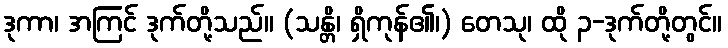
ဒုကာ၊ အကြင် ဒုက်တို့သည်။ (သန္တိ၊ ရှိကုန်၏၊) တေသု၊ ထို ၃-ဒုက်တို့တွင်။